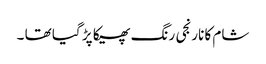
شام کا نارنجی رنگ پھیکا پڑ گیا تھا ۔